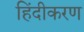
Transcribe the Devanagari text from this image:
हिंदीकरण